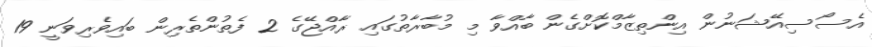
އެސޯސިއޭޝަނުން އިންތިޒާމްކޮށްގެން ބާއްވާ މި މުބާރާތުގައި ރާއްޖޭގެ 2 ފެތުންތެރިން ބައިވެރިވަނީ 19